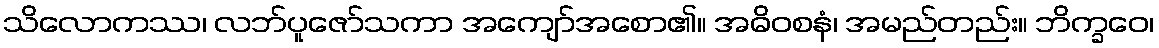
သိလောကဿ၊ လဘ်ပူဇော်သကာ အကျော်အစော၏။ အဓိဝစနံ၊ အမည်တည်း။ ဘိက္ခဝေ၊